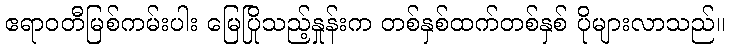
ဧရာဝတီမြစ်ကမ်းပါး မြေပြိုသည့်နှုန်းက တစ်နှစ်ထက်တစ်နှစ် ပိုများလာသည်။